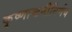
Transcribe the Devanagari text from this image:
कृष्णाष्टमीनिर्णय